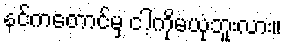
နင်ကတောင်မှ ငါ့ကိုမယုံဘူးလား။